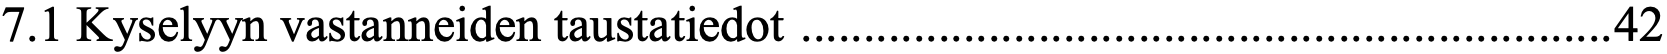
7.1 Kyselyyn vastanneiden taustatiedot ................................................................. 42